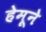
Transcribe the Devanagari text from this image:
हेमूने